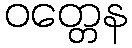
ဝတ္တေန